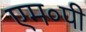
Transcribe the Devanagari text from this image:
एम०पी